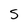
Character: S